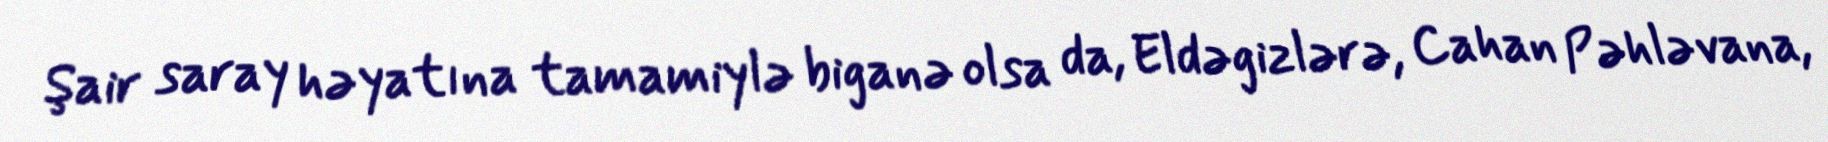
Şair saray həyatına tamamiylə biganə olsa da, Eldəgizlərə, Cahan Pəhləvana,